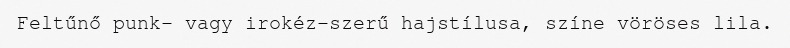
Feltűnő punk- vagy irokéz-szerű hajstílusa, színe vöröses lila.